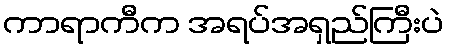
ကာရာကီက အရပ်အရှည်ကြီးပဲ